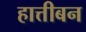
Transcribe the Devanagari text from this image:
हात्तीबन